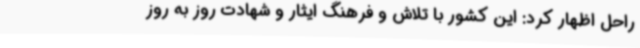
راحل اظهار کرد: این کشور با تلاش و فرهنگ ایثار و شهادت روز به روز